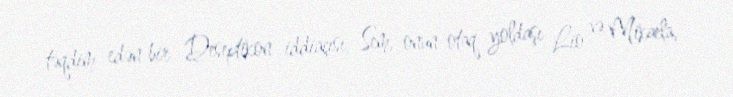
təqdim edən bir Deseptikon iddiaçısı, Sem, onun otaq yoldaşı Lio və Mikaela,